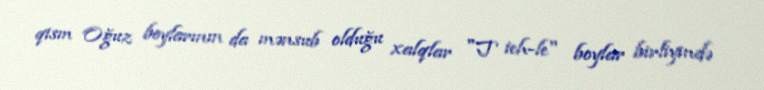
qism Oğuz boylarının da mənsub olduğu xalqlar "T ieh-le" boylar birliyində